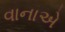
વાનાએ